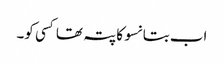
اب بتا نسو کا پتہ تھا کسی کو۔